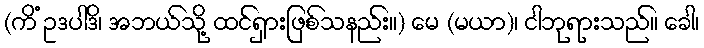
(ကိံ ဥဒပါဒိ၊ အဘယ်သို့ ထင်ရှားဖြစ်သနည်း။) မေ (မယာ)၊ ငါဘုရားသည်။ ခေါ၊